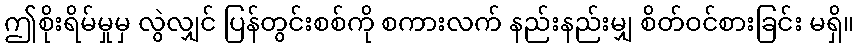
ဤစိုးရိမ်မှုမှ လွဲလျှင် ပြန်တွင်းစစ်ကို စကားလက် နည်းနည်းမျှ စိတ်ဝင်စားခြင်း မရှိ။